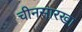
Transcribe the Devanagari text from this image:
चीनसारखा